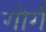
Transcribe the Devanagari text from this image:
गोर्ग